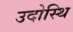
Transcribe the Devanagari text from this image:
उदोस्थि